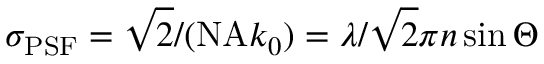
\sigma _ { \mathrm { P S F } } = \sqrt { 2 } / ( \mathrm { N A } k _ { 0 } ) = \lambda / \sqrt { 2 } \pi n \sin \Theta